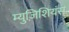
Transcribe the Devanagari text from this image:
म्युज़िशियंस